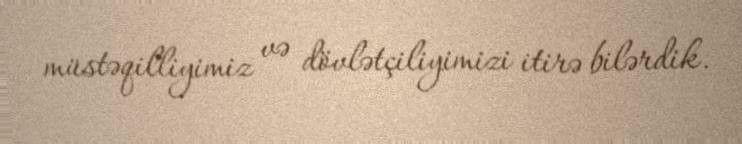
müstəqilliyimiz və dövlətçiliyimizi itirə bilərdik.